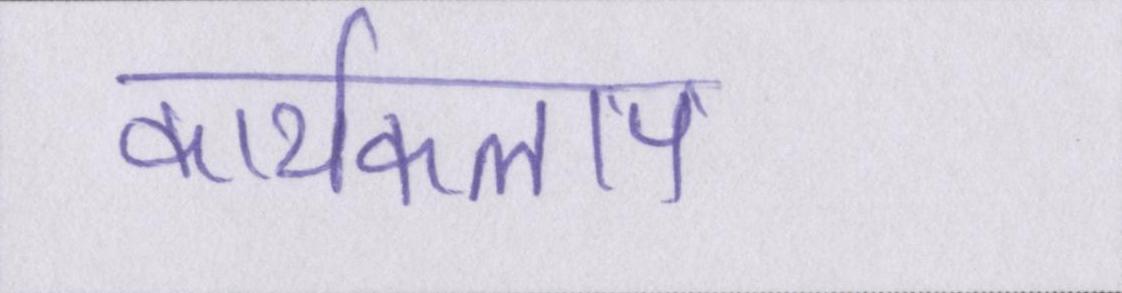
कार्यकलाप